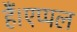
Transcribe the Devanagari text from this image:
हैं।एप्पल